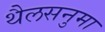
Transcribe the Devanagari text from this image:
थैलसनुमा